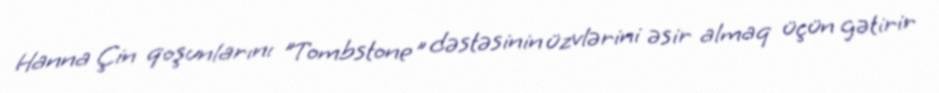
Hanna Çin qoşunlarını "Tombstone" dəstəsinin üzvlərini əsir almaq üçün gətirir